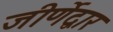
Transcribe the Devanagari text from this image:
जीर्णेद्वार